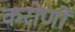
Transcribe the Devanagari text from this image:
करोणों